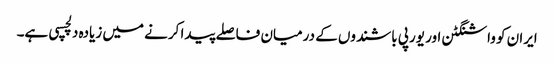
ایران کو واشنگٹن اور یورپی باشندوں کے درمیان فاصلے پیدا کرنے میں زیادہ دلچسپی ہے۔